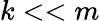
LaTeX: k<<m